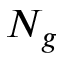
N _ { g }